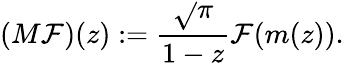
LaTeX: (M\mathcal{F})(z):={\frac{{\sqrt{}{{\pi}}}}{{1-z}}}\mathcal{F}(m(z)).